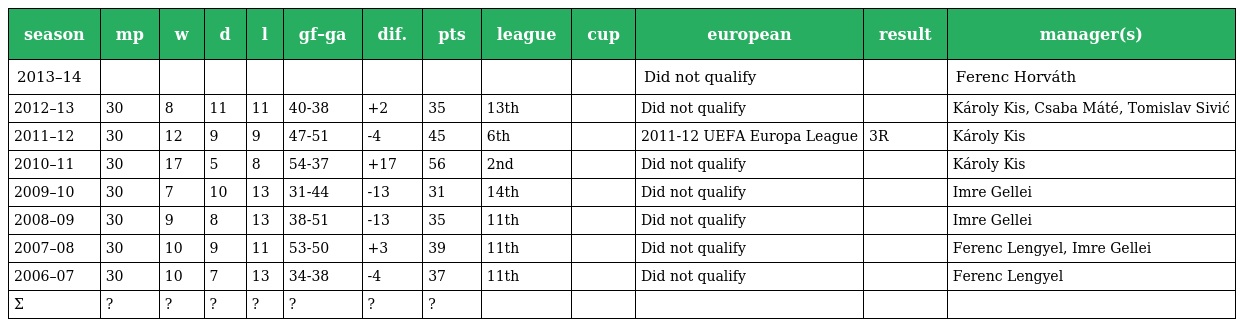
| season | mp | w | d | l | gf–ga | dif. | pts | league | cup | european | result | manager(s) |
 | --- | --- | --- | --- | --- | --- | --- | --- | --- | --- | --- | --- | --- |
 | 2013–14 |  |  |  |  |  |  |  |  |  | Did not qualify |  | Ferenc Horváth |
 | 2012–13 | 30 | 8 | 11 | 11 | 40-38 | +2 | 35 | 13th |  | Did not qualify |  | Károly Kis, Csaba Máté, Tomislav Sivić |
 | 2011–12 | 30 | 12 | 9 | 9 | 47-51 | -4 | 45 | 6th |  | 2011-12 UEFA Europa League | 3R | Károly Kis |
 | 2010–11 | 30 | 17 | 5 | 8 | 54-37 | +17 | 56 | 2nd |  | Did not qualify |  | Károly Kis |
 | 2009–10 | 30 | 7 | 10 | 13 | 31-44 | -13 | 31 | 14th |  | Did not qualify |  | Imre Gellei |
 | 2008–09 | 30 | 9 | 8 | 13 | 38-51 | -13 | 35 | 11th |  | Did not qualify |  | Imre Gellei |
 | 2007–08 | 30 | 10 | 9 | 11 | 53-50 | +3 | 39 | 11th |  | Did not qualify |  | Ferenc Lengyel, Imre Gellei |
 | 2006–07 | 30 | 10 | 7 | 13 | 34-38 | -4 | 37 | 11th |  | Did not qualify |  | Ferenc Lengyel |
 | Σ | ? | ? | ? | ? | ? | ? | ? |  |  |  |  |  |